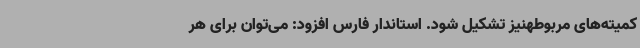
کمیته‌های مربوطهنیز تشکیل شود. استاندار فارس افزود: می‌توان برای هر